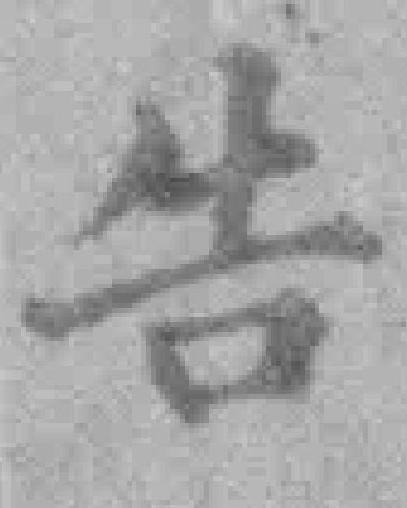
告